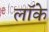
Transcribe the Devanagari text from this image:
लाॅके